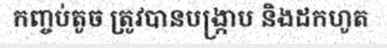
កញ្ចប់តូច ត្រូវបានបង្ក្រាប និងដកហូត